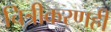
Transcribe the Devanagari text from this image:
चित्रीकरणही